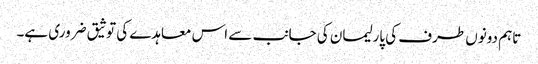
تاہم دونوں طرف کی پارلیمان کی جانب سے اس معاہدے کی توثیق ضروری ہے۔